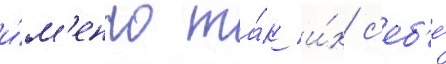
и́м'енно та́к и́х с'еб'е́